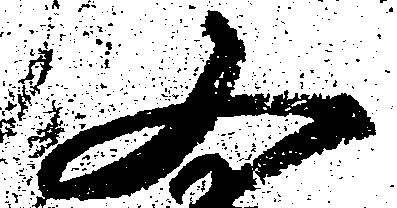
又